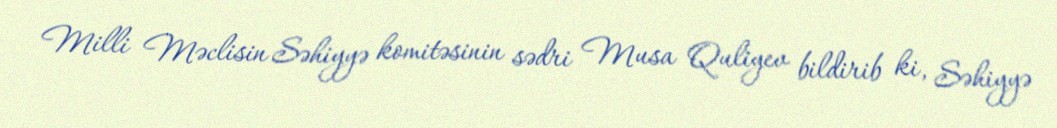
Milli Məclisin Səhiyyə komitəsinin sədri Musa Quliyev bildirib ki, Səhiyyə